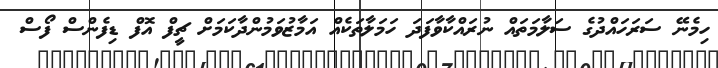
ހިމެނޭ ސަރަހައްދުގެ ސަލާމަތައް ނުރައްކާވާފަދަ ހަމަލާތަކެއް އަމާޒުވަމުންދާކަމަށް ޗީފް އޮފް ޑިފެންސް ފޯސް